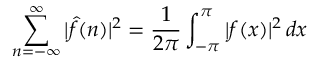
\sum _ { n = - \infty } ^ { \infty } | { \hat { f } } ( n ) | ^ { 2 } = { \frac { 1 } { 2 \pi } } \int _ { - \pi } ^ { \pi } | f ( x ) | ^ { 2 } \, d x